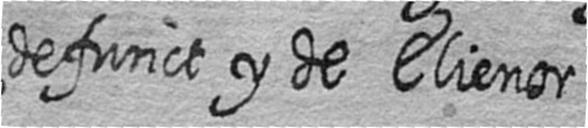
defunct y de Elienor